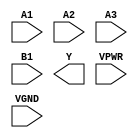
module sky130_fd_sc_hs__o31ai (
    //# {{data|Data Signals}}
    input  A1  ,
    input  A2  ,
    input  A3  ,
    input  B1  ,
    output Y   ,

    //# {{power|Power}}
    input  VPWR,
    input  VGND
);
endmodule